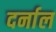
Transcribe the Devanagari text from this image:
दर्नाल